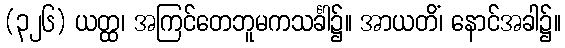
(၃၂၆) ယတ္ထ၊ အကြင်တေဘူမကသင်္ခါ၌။ အာယတိံ၊ နောင်အခါ၌။